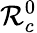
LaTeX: \mathcal{R}_{c}^{0}